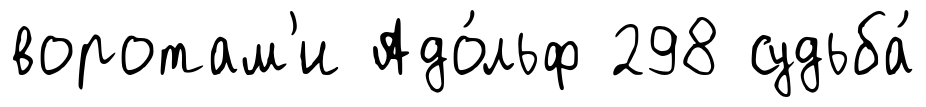
воротам'и Адо́льф 298 судьба́